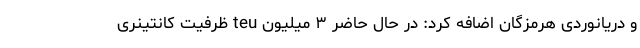
و دریانوردی هرمزگان اضافه کرد: در حال حاضر ۳ میلیون teu ظرفیت کانتینری